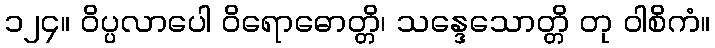
၁၂၄။ ဝိပ္ပလာပေါ ဝိရောဓောတ္တိ၊ သန္ဒေသောတ္တိ တု ဝါစိကံ။